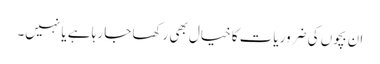
ان بچوں کی ضروریات کا خیال بھی رکھا جا رہا ہے یا نہیں۔